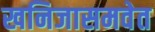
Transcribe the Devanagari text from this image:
खनिजासमवेत